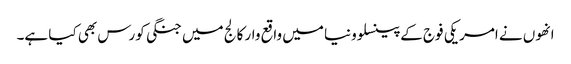
انھوں نے امریکی فوج کے پینسلوونیا میں واقع وار کالج میں جنگی کورس بھی کیا ہے۔